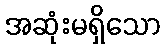
အဆုံးမရှိသော